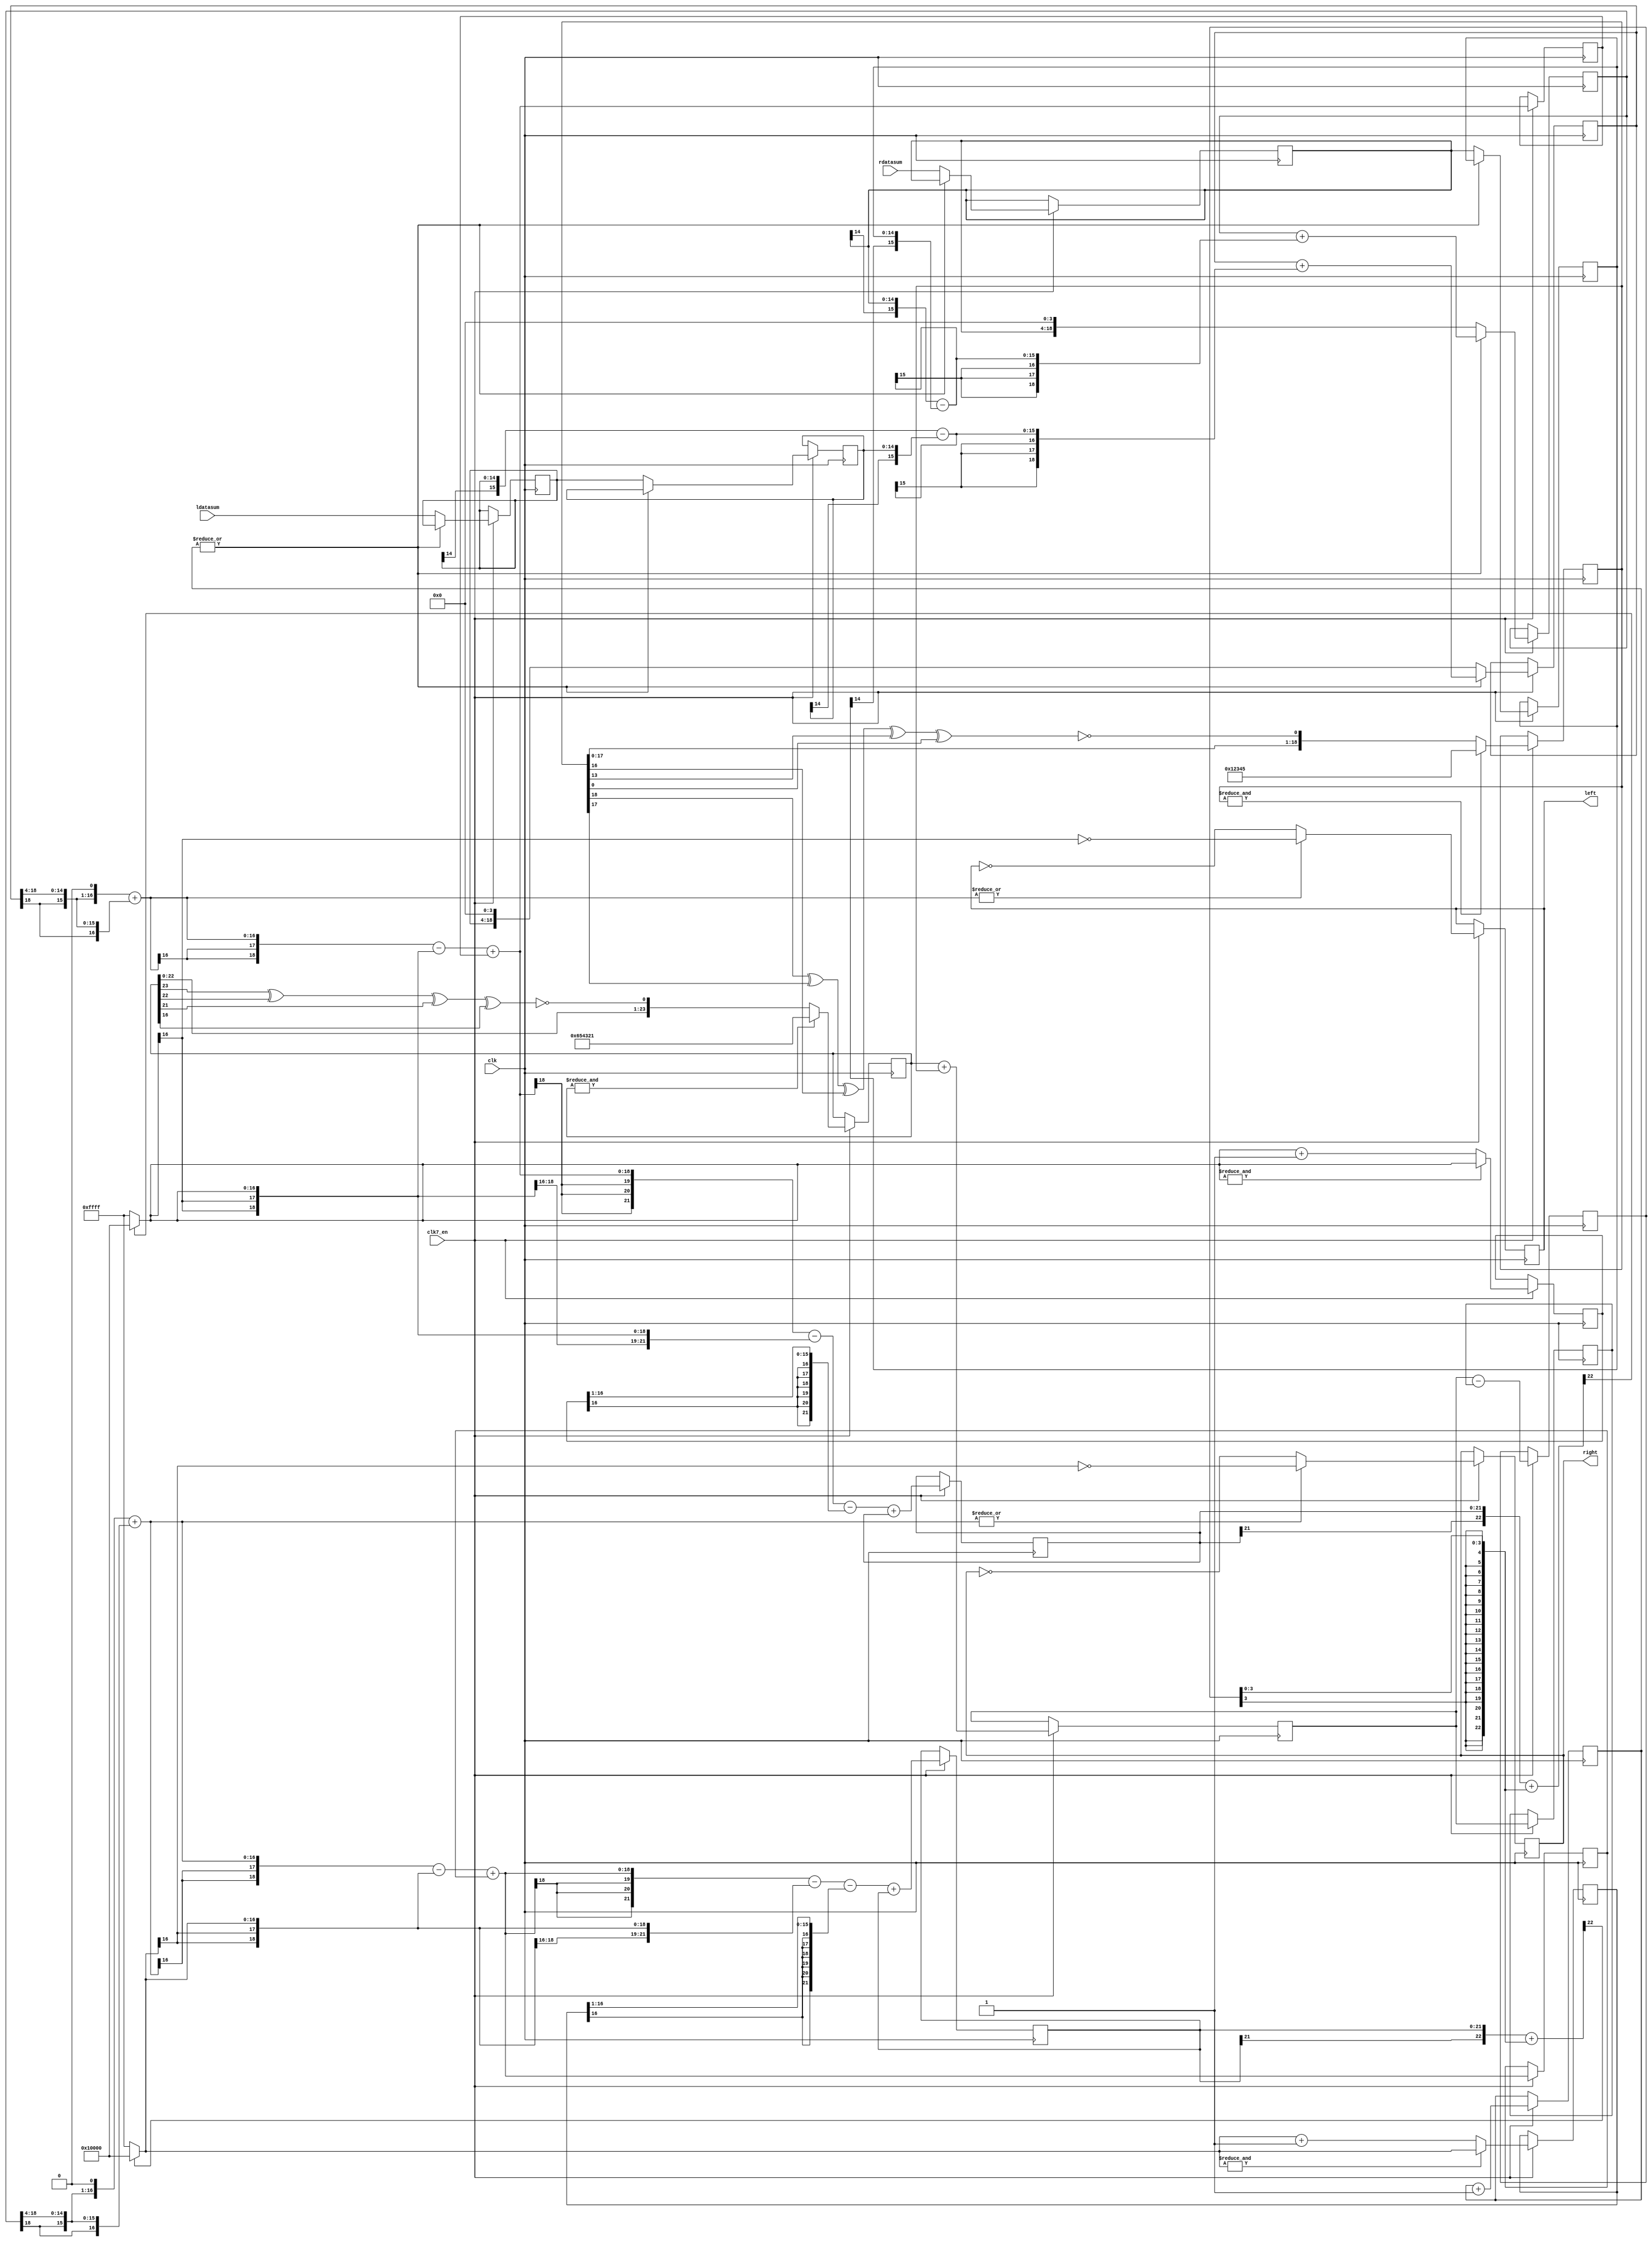
// -*- mode: verilog; mode: font-lock; indent-tabs-mode: nil -*-
// vi: set et ts=3 sw=3 sts=3:
//
// Copyright 2006, 2007 Dennis van Weeren
//
// This file is part of Minimig
//
// Minimig is free software; you can redistribute it and/or modify
// it under the terms of the GNU General Public License as published by
// the Free Software Foundation; either version 3 of the License, or
// (at your option) any later version.
//
// Minimig is distributed in the hope that it will be useful,
// but WITHOUT ANY WARRANTY; without even the implied warranty of
// MERCHANTABILITY or FITNESS FOR A PARTICULAR PURPOSE.  See the
// GNU General Public License for more details.
//
// You should have received a copy of the GNU General Public License
// along with this program.  If not, see <http://www.gnu.org/licenses/>.
//
//
// audio data processing
// stereo sigma/delta bitstream modulator

module paula_audio_sigmadelta
  (
   input  wire        clk,        // bus clock
   input  wire        clk7_en,
   input  wire [14:0] ldatasum,   // left channel data
   input  wire [14:0] rdatasum,   // right channel data
   output reg         left=0,     // left bitstream output
   output reg         right=0     // right bitsteam output
   );

   // local signals
   localparam DW = 15;
   localparam CW = 2;
   localparam RW  = 4;
   localparam A1W = 2;
   localparam A2W = 5;

   wire [DW+2+0  -1:0] sd_l_er0, sd_r_er0;
   reg  [DW+2+0  -1:0] sd_l_er0_prev=0, sd_r_er0_prev=0;
   wire [DW+A1W+2-1:0] sd_l_aca1,  sd_r_aca1;
   wire [DW+A2W+2-1:0] sd_l_aca2,  sd_r_aca2;
   reg  [DW+A1W+2-1:0] sd_l_ac1=0, sd_r_ac1=0;
   reg  [DW+A2W+2-1:0] sd_l_ac2=0, sd_r_ac2=0;
   wire [DW+A2W+3-1:0] sd_l_quant, sd_r_quant;

   // LPF noise LFSR
   reg [23:0]          seed1 = 24'h654321;
   reg [18:0]          seed2 = 19'h12345;
   reg [23:0]          seed_sum=0, seed_prev=0, seed_out=0;
   always @ (posedge clk)
     if (clk7_en) begin
        if (&seed1)
          seed1 <= #1 24'h654321;
        else
          seed1 <= #1 {seed1[22:0], ~(seed1[23] ^ seed1[22] ^ seed1[21] ^ seed1[16])};
     end

   always @ (posedge clk)
     if (clk7_en) begin
        if (&seed2)
          seed2 <= #1 19'h12345;
        else
          seed2 <= #1 {seed2[17:0], ~(seed2[18] ^ seed2[17] ^ seed2[16] ^ seed2[13] ^ seed2[0])};
     end

   always @ (posedge clk)
     if (clk7_en) begin
        seed_sum  <= #1 seed1 + {5'b0, seed2};
        seed_prev <= #1 seed_sum;
        seed_out  <= #1 seed_sum - seed_prev;
     end

   // linear interpolate
   localparam ID=4; // counter size, also 2^ID = interpolation rate
   reg  [ID+0-1:0] int_cnt = 0;
   always @ (posedge clk)
     if (clk7_en) begin
        int_cnt <= #1 int_cnt + 'd1;
     end

   reg  [DW+0-1:0]  ldata_cur=0, ldata_prev=0;
   reg  [DW+0-1:0]  rdata_cur=0, rdata_prev=0;
   wire [DW+1-1:0]  ldata_step, rdata_step;
   reg  [DW+ID-1:0] ldata_int=0, rdata_int=0;
   wire [DW+0-1:0]  ldata_int_out, rdata_int_out;

   assign ldata_step = {ldata_cur[DW-1], ldata_cur} - {ldata_prev[DW-1], ldata_prev}; // signed subtract
   assign rdata_step = {rdata_cur[DW-1], rdata_cur} - {rdata_prev[DW-1], rdata_prev}; // signed subtract

   always @ (posedge clk)
     if (clk7_en) begin
        if (~|int_cnt) begin
           ldata_prev <= #1 ldata_cur;
           ldata_cur  <= #1 ldatasum; //{~ldatasum[DW-1], ldatasum[DW-2:0]}; // convert to offset binary, samples no longer signed!
           rdata_prev <= #1 rdata_cur;
           rdata_cur  <= #1 rdatasum; //{~rdatasum[DW-1], rdatasum[DW-2:0]}; // convert to offset binary, samples no longer signed!
           ldata_int  <= #1 {ldata_cur[DW-1], ldata_cur, {ID{1'b0}}};
           rdata_int  <= #1 {rdata_cur[DW-1], rdata_cur, {ID{1'b0}}};
        end
        else begin
           ldata_int  <= #1 ldata_int + {{ID{ldata_step[DW+1-1]}}, ldata_step};
           rdata_int  <= #1 rdata_int + {{ID{rdata_step[DW+1-1]}}, rdata_step};
        end
     end

   assign ldata_int_out = ldata_int[DW+ID-1:ID];
   assign rdata_int_out = rdata_int[DW+ID-1:ID];

   // input gain x3
   wire [DW+2-1:0] ldata_gain, rdata_gain;
   assign ldata_gain = {ldata_int_out[DW-1], ldata_int_out, 1'b0} + {{(2){ldata_int_out[DW-1]}}, ldata_int_out};
   assign rdata_gain = {rdata_int_out[DW-1], rdata_int_out, 1'b0} + {{(2){rdata_int_out[DW-1]}}, rdata_int_out};

/*
   // random dither to 15 bits
   reg [DW-1:0]    ldata=0, rdata=0;
   always @ (posedge clk)
     if (clk7_en) begin
        ldata <= #1 ldata_gain[DW+2-1:2] + ( (~(&ldata_gain[DW+2-1-1:2]) && (ldata_gain[1:0] > seed_out[1:0])) ? 15'd1 : 15'd0 );
        rdata <= #1 rdata_gain[DW+2-1:2] + ( (~(&ldata_gain[DW+2-1-1:2]) && (ldata_gain[1:0] > seed_out[1:0])) ? 15'd1 : 15'd0 );
     end
*/

   // accumulator adders
   assign sd_l_aca1 = {{(A1W){ldata_gain[DW+2-1]}}, ldata_gain} - {{(A1W){sd_l_er0[DW+2-1]}}, sd_l_er0} + sd_l_ac1;
   assign sd_r_aca1 = {{(A1W){rdata_gain[DW+2-1]}}, rdata_gain} - {{(A1W){sd_r_er0[DW+2-1]}}, sd_r_er0} + sd_r_ac1;

   assign sd_l_aca2 = {{(A2W-A1W){sd_l_aca1[DW+A1W+2-1]}}, sd_l_aca1} - {{(A2W){sd_l_er0[DW+2-1]}}, sd_l_er0} - {{(A2W+1){sd_l_er0_prev[DW+2-1]}}, sd_l_er0_prev[DW+2-1:1]} + sd_l_ac2;
   assign sd_r_aca2 = {{(A2W-A1W){sd_r_aca1[DW+A1W+2-1]}}, sd_r_aca1} - {{(A2W){sd_r_er0[DW+2-1]}}, sd_r_er0} - {{(A2W+1){sd_r_er0_prev[DW+2-1]}}, sd_r_er0_prev[DW+2-1:1]} + sd_r_ac2;

   // accumulators
   always @ (posedge clk)
     if (clk7_en) begin
        sd_l_ac1 <= #1 sd_l_aca1;
        sd_r_ac1 <= #1 sd_r_aca1;
        sd_l_ac2 <= #1 sd_l_aca2;
        sd_r_ac2 <= #1 sd_r_aca2;
     end

   // value for quantizaton
   assign sd_l_quant = {sd_l_ac2[DW+A2W+2-1], sd_l_ac2} + {{(DW+A2W+3-RW){seed_out[RW-1]}}, seed_out[RW-1:0]};
   assign sd_r_quant = {sd_r_ac2[DW+A2W+2-1], sd_r_ac2} + {{(DW+A2W+3-RW){seed_out[RW-1]}}, seed_out[RW-1:0]};

   // error feedback
   assign sd_l_er0 = sd_l_quant[DW+A2W+3-1] ? {1'b1, {(DW+2-1){1'b0}}} : {1'b0, {(DW+2-1){1'b1}}};
   assign sd_r_er0 = sd_r_quant[DW+A2W+3-1] ? {1'b1, {(DW+2-1){1'b0}}} : {1'b0, {(DW+2-1){1'b1}}};
   always @ (posedge clk)
     if (clk7_en) begin
        sd_l_er0_prev <= #1 (&sd_l_er0) ? sd_l_er0 : sd_l_er0+1;
        sd_r_er0_prev <= #1 (&sd_r_er0) ? sd_r_er0 : sd_r_er0+1;
     end

   // output
   always @ (posedge clk)
     if (clk7_en) begin
        left  <= #1 (~|ldata_gain) ? ~left  : ~sd_l_er0[DW+2-1];
        right <= #1 (~|rdata_gain) ? ~right : ~sd_r_er0[DW+2-1];
     end

endmodule